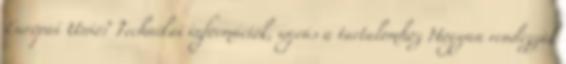
Európai Unió? Technikai információk, ugrás a tartalomhoz Hogyan rendezzük